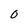
Character: 0